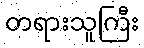
တရားသူကြီး